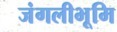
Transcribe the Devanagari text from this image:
जंगलीभूमि